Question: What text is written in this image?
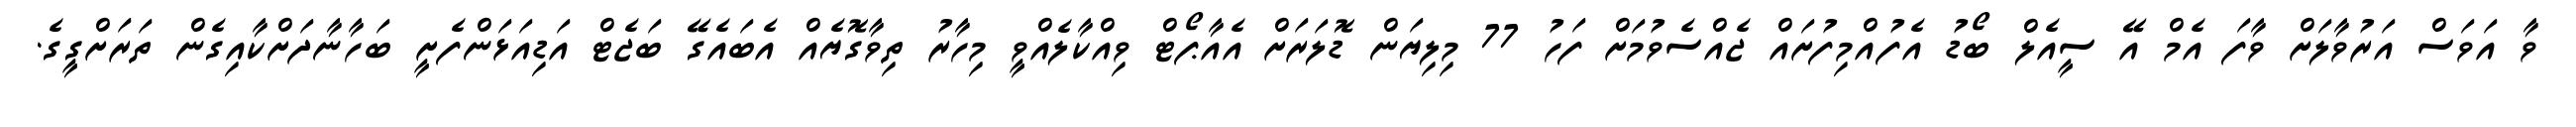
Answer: ވާ އަވަސް އަރުވާލަށް ވާފަ އެމް އޭ ސީއެލް ބޯޑު އެފުއްމިފުށައް ޖެއްސެވުމަށް ފަހު 77 މިލިޔަން ޑޮލަރަށް އެއާޕޯޓް ވިއްކާލެއްވީ މިހާރު ތިވާގޮޔެއް އެބައެގޭ ބަޖެޓް އަޑިއަޅަންފެށީ ބަހާނާދަށްކާއިގެން ތަރަށްގީގެ.